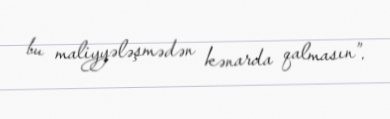
bu maliyyələşmədən kənarda qalmasın”.